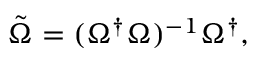
\tilde { \Omega } = ( \Omega ^ { \dagger } \Omega ) ^ { - 1 } \Omega ^ { \dagger } ,